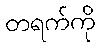
တရက်ကို